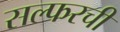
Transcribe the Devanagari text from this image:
सल्फरची